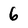
Character: 6